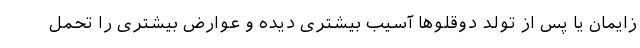
زایمان یا پس از تولد دوقلوها آسیب بیشتری دیده و عوارض بیشتری را تحمل